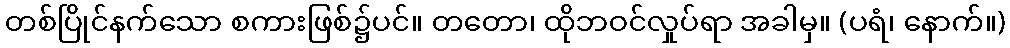
တစ်ပြိုင်နက်သော စကားဖြစ်၌ပင်။ တတော၊ ထိုဘဝင်လှုပ်ရာ အခါမှ။ (ပရံ၊ နောက်။)